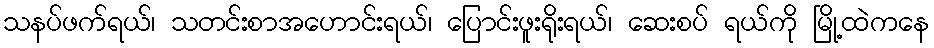
သနပ်ဖက်ရယ်၊ သတင်းစာအဟောင်းရယ်၊ ပြောင်းဖူးရိုးရယ်၊ ဆေးစပ် ရယ်ကို မြို့ထဲကနေ